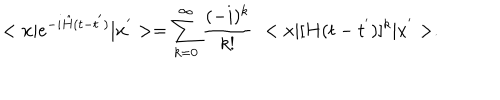
< { \bf x } \vert e ^ { - i { \hat { H } } ( t - t ^ { ' } ) } \vert { \bf x } ^ { ' } > = \sum _ { k = 0 } ^ { \infty } \frac { ( - i ) ^ { k } } { k ! } \, \, < x \vert [ H ( t - t ^ { ' } ) ] ^ { k } \vert x ^ { ' } > .